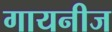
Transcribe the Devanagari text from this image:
गायनीज